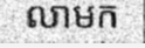
លាមក